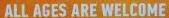
ALL AGES ARE WELCOME